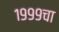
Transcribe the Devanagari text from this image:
१९९९चा